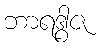
ဘာရဒွါဇ